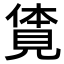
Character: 𧡊